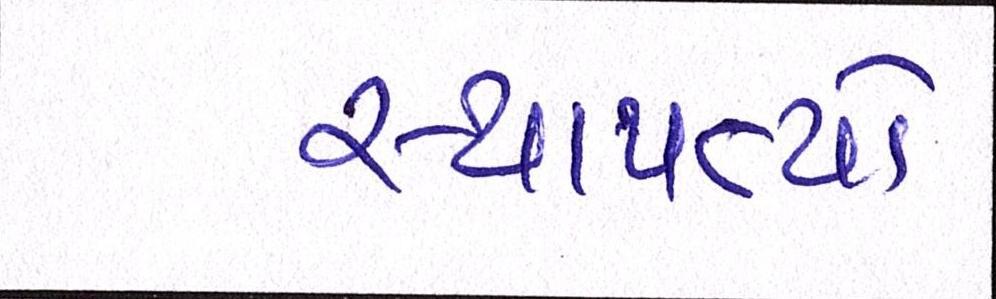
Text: સ્થાપત્યો